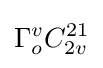
\Gamma _{o}^{v}C_{2v}^{21}